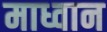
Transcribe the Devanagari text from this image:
माध्वान